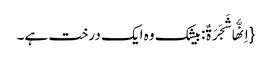
{اِنَّهَا شَجَرَةٌ: بیشک وہ ایک درخت ہے۔